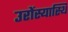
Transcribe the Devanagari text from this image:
उरोंस्यास्थि